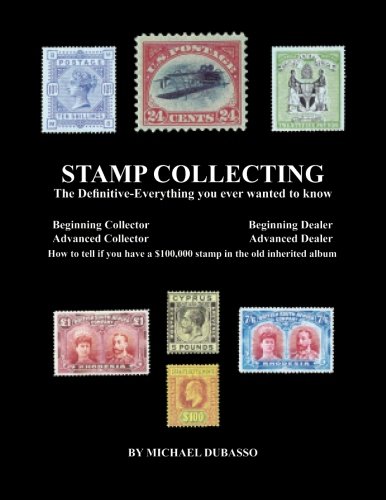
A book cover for Stamp Collecting: The Definitive-Everything you ever wanted to know: Do I have a one million dollar stamp in my collection?; Mr. Michael DuBasso; Crafts, Hobbies & Home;